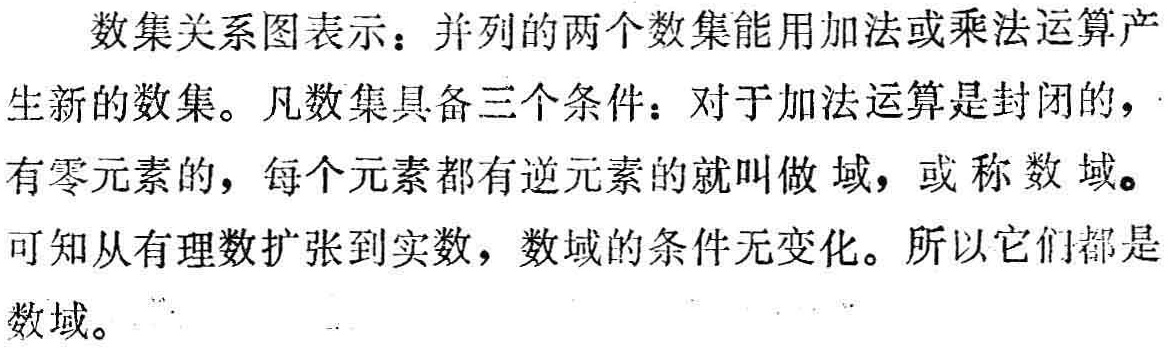
数集关系图表示：并列的两个数集能用加法或乘法运算产生新的数集。凡数集具备三个条件：对于加法运算是封闭的，有零元素的，每个元素都有逆元素的就叫做域，或称数域。可知从有理数扩张到实数，数域的条件无变化。所以它们都是数域。